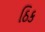
ઠિક